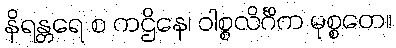
နိရန္တရေ စ ကဌိနေ၊ ဝါစ္စလိင်္ဂိက မုစ္စတေ။